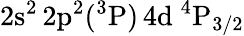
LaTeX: \mathrm{2s^{2}\, 2p^{2}(^{3}P)\, 4d~^{4}P_{3/2}}